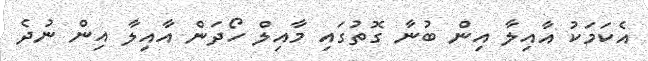
އެކަމަކު އާއިލާ އިން ބުނާ ގޮތުގައި މާއިލް ހޯދަން އާއިލާ އިން ނުދެ